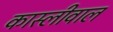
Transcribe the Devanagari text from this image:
कास्लीवाल